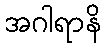
အဂါရာနိ